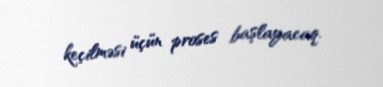
keçilməsi üçün proses başlayacaq.